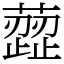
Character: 䔼